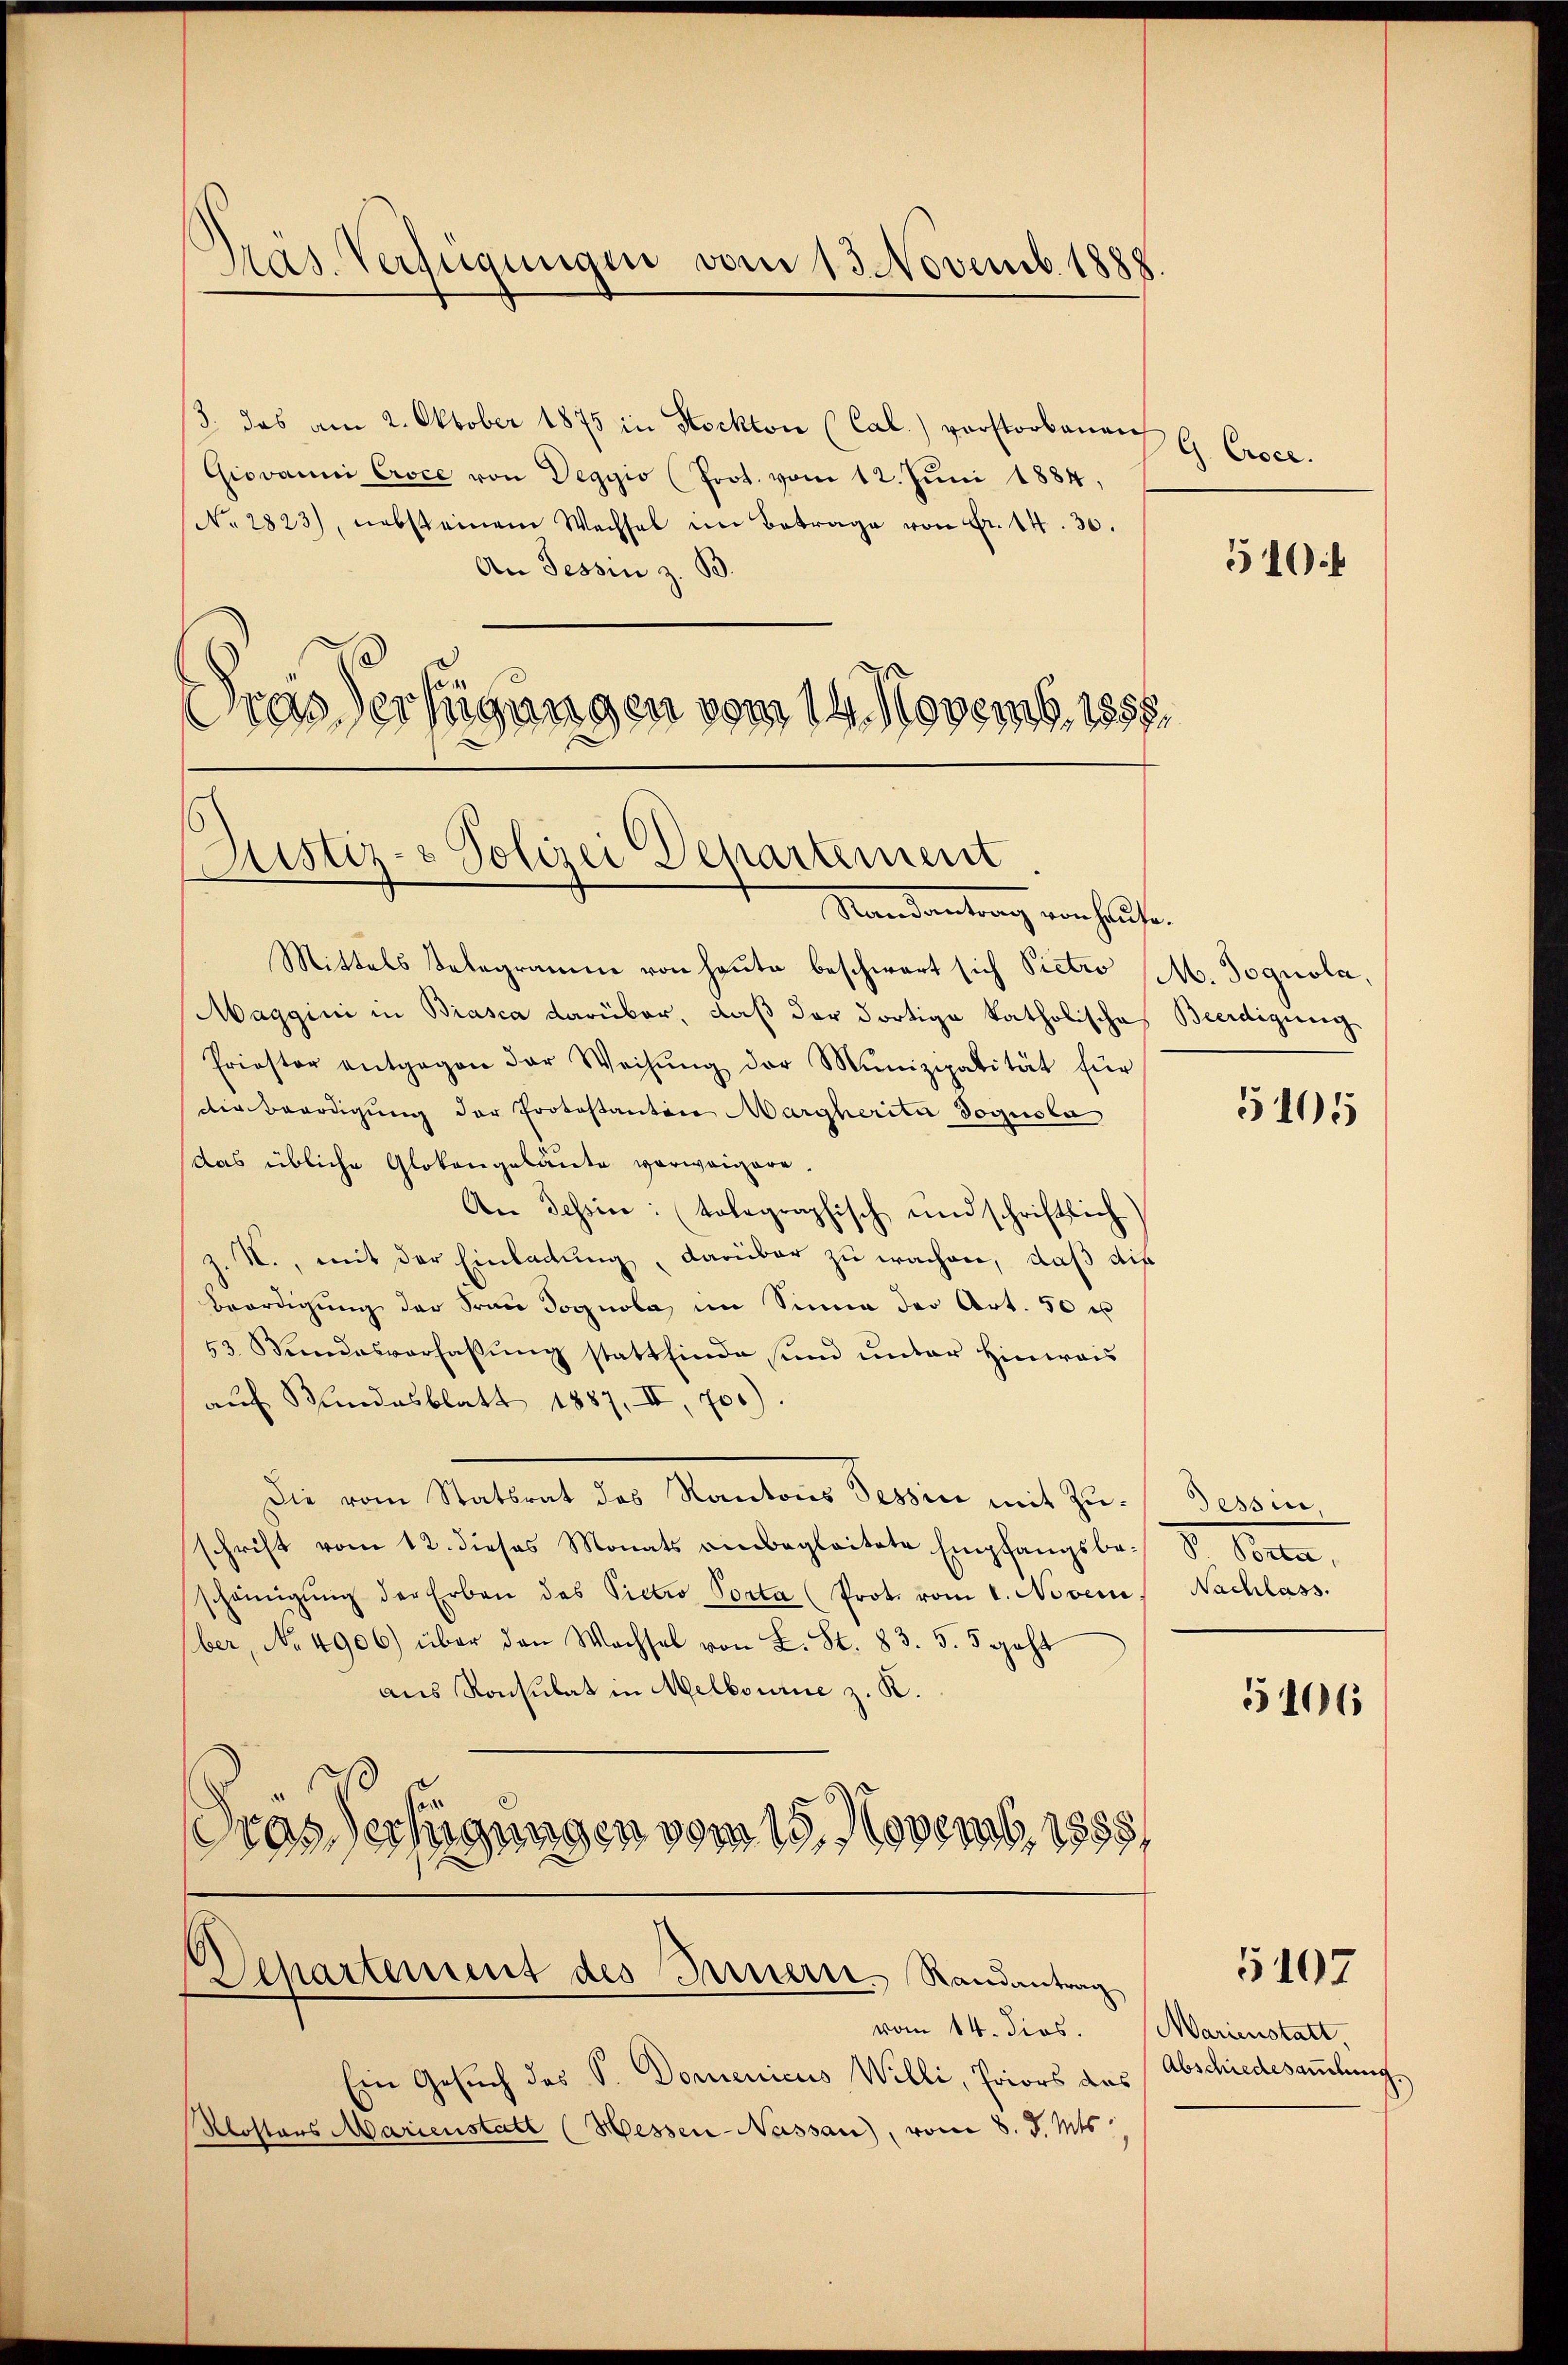
Pras Verfügungen vom 13. Novemb. 1888.

3. das am 2. Oktober 1875 in Stockton (Cal.) vorstorbenen G. Croce
Giovanni Croce von Degyio (Prot. vom 12. Juni 1884,
No. 2823), nebsteinem Wachsel im Betrage von Fr. 14. 30.
An Tessin z. B.
Dras erfügungen vom 14. Novemb. 1858.

Justiz- & Polizei Departement
Mandantrag von haufen.

Separtement des Innern Randantrag
vom 14. dies.

Mittels Telegramm von heute beschwart sich Pietro M. Jognola,
Maggini in Biasca darüber, daß der dortige katholischa
Priester entgegen der Weisŭng der Munizipalität für
die Beerdigung der Prokostanton Margherite dogusla
das übliche Glokengeläute vorweigere.
An Tessin: (tolographisch und schriftlich
z. X., mit der Einladung, darüber zu wachen, daß die
Beerdigung der Frau Sognola im Sinne der Art. 50 u
53. Bundesverfassŭng stattfinde sind unter Hinweis
aŭf Bundesblatt 1887, III, 700).
Die vom Mittet des Kantons Selten mit Zuschrift vom 12. dieses Monats einbegleitete Empfangsbescheinigŭng der Erben des Pietro Porta (Prot. vom 1. Novem
ber, No 4906) über den Wachsel von L. St. 83. 5. geht
aus Konsulat in Melbourie z. K.
Gras Verfügungen vom 19. Novenst 1885,

Ein Gesuch des S. Domenicus Willi, Priors das
Klosters Marienstatt (Hessen-Nassau, vom 8. d. Mts.

510

Beerdigung

5105

Tessin,
d Man
Nachlass.

5106

5107

Marienstatt
Abschiedesamlung.